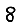
Digit: 8